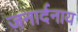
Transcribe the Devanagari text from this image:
जनार्दनाय